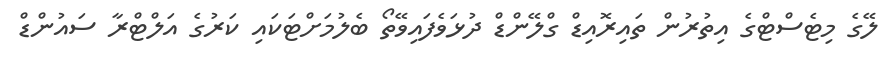
ލޭގެ މިޓެސްޓްގެ އިތުރުން ތައިރޮއިޑް ގްލޭންޑް ދުޅަވެފައިވޭތޯ ބެލުމަށްޓަކައި ކަރުގެ އަލްޓްރާ ސައުންޑް